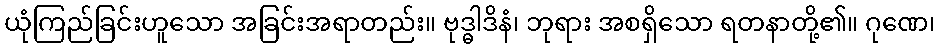
ယုံကြည်ခြင်းဟူသော အခြင်းအရာတည်း။ ဗုဒ္ဓါဒိနံ၊ ဘုရား အစရှိသော ရတနာတို့၏။ ဂုဏေ၊